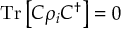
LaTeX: { \mathrm { T r } } \left[ C \rho _ { i } C ^ { \dagger } \right] = 0